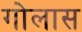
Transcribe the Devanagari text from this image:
गोलास